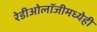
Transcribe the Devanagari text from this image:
रेडीओलॉजीमध्येही